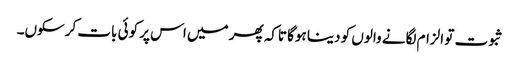
ثبوت تو الزام لگانے والوں کو دینا ہوگا تاکہ پھر میں اس پر کوئی بات کرسکوں۔